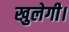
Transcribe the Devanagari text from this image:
खुलेगी।